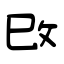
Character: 攺